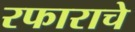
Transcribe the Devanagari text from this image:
रफाराचे